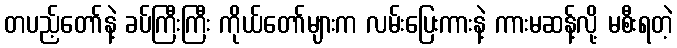
တပည့်တော်နဲ့ ခပ်ကြီးကြီး ကိုယ်တော်များက လမ်းပြေးကားနဲ့ ကားမဆန့်လို့ မစီးရတဲ့